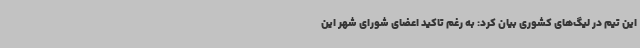
این تیم در لیگ‌های کشوری بیان کرد: به رغم تاکید اعضای شورای شهر این